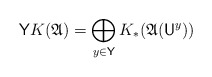
\begin{align*} \mathsf Y K(\mathfrak A) = \bigoplus_{y\in \mathsf Y} K_\ast(\mathfrak A(\mathsf U^y)) \end{align*}